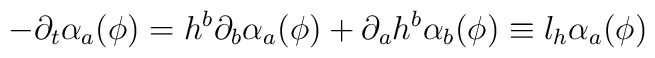
- \partial_t \alpha_a (\phi) = h^b \partial_b \alpha_a (\phi) +\partial_a h^b \alpha_b (\phi) \equiv l_h \alpha_a(\phi)